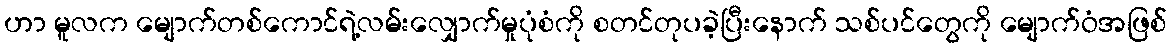
ဟာ မူလက မျောက်တစ်ကောင်ရဲ့လမ်းလျှောက်မှုပုံစံကို စတင်တုပခဲ့ပြီးနောက် သစ်ပင်တွေကို မျောက်ဝံအဖြစ်